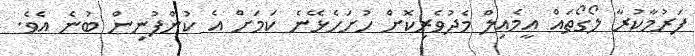
ފަރުމާކުރާ ލޯގޯތައް އީމެއިލް މެދުވެރިކޮށް ހުށަހެޅޭނެ ކަމަށް އެ ކުންފުނިން ބުުނެ އެވެ.